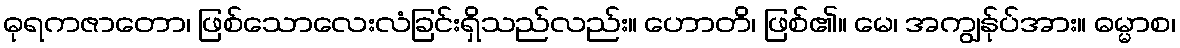
ဓုရကဇာတော၊ ဖြစ်သောလေးလံခြင်းရှိသည်လည်း။ ဟောတိ၊ ဖြစ်၏။ မေ၊ အကျွန်ုပ်အား။ ဓမ္မာစ၊